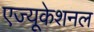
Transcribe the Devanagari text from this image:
एज्यूकेशनल